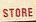
store